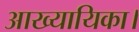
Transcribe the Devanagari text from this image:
आख्यायिका।